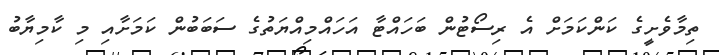
ތިމާވެށީގެ ކަންކަމަށް އެ ރިސޯޓުން ބަހައްޓާ އަހައްމިއްޔަތުގެ ސަބަބުން ކަމަށާއި މި ކާމިޔާބު